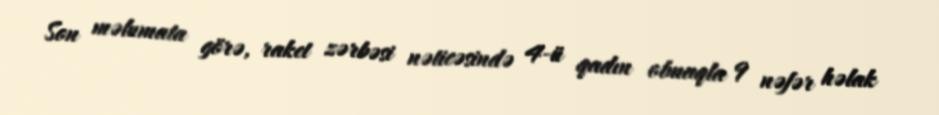
Son məlumata görə, raket zərbəsi nəticəsində 4-ü qadın olmaqla 9 nəfər həlak